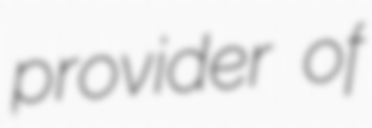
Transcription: provider of